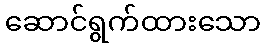
ဆောင်ရွက်ထားသော